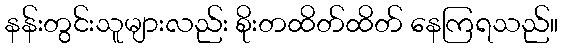
နန်းတွင်းသူများလည်း စိုးတထိတ်ထိတ် နေကြရသည်။